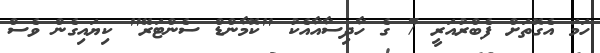
ހަމަ އެގޮތަށް ފެބްރުއަރީ 7 ގެ ހާދިސާއާއެކު "ކޮމާންޑް ސެންޓަރޭ" ކިޔައިގެން ވެސް